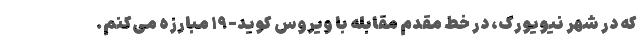
که در شهر نیویورک، در خط مقدم مقابله با ویروس کوید-۱۹ مبارزه می‌کنم.